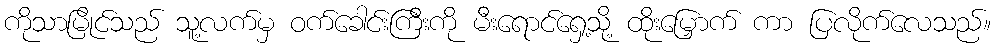
ကိုသာမြိုင်သည် သူ့လက်မှ ဝက်ခေါင်းကြီးကို မီးရောင်ရှေ့သို့ ထိုးမြှောက် ကာ ပြလိုက်လေသည်။